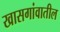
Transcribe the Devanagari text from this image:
खासगांवातील